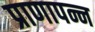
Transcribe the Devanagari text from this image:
प्राणापन्न